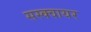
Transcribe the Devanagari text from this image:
सस्क्वायर